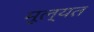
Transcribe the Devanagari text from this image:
मूल्यत